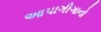
આપાગીગાનો